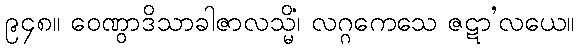
၉၄၈။ ဝေဏွာဒိသာခါဇာလသ္မိံ၊ လဂ္ဂကေသေ ဇဋာ’လယေ။